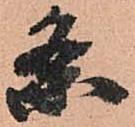
条